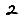
Digit: 2